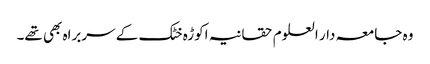
وہ جامعہ دار العلوم حقانیہ اکوڑہ خٹک کے سربراہ بھی تھے۔